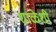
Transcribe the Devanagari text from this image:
शाळेशी